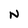
Character: N